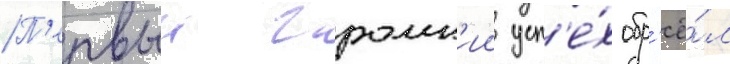
П'ервыи громк'ии усп'е́х обр'ё́л